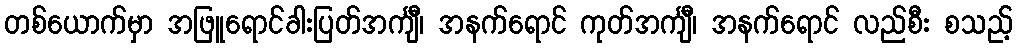
တစ်ယောက်မှာ အဖြူရောင်ခါးပြတ်အင်္ကျီ၊ အနက်ရောင် ကုတ်အင်္ကျီ၊ အနက်ရောင် လည်စီး စသည့်